Leaving Certificate Examination (including Day School Certificate (Higher) General paper), 1929
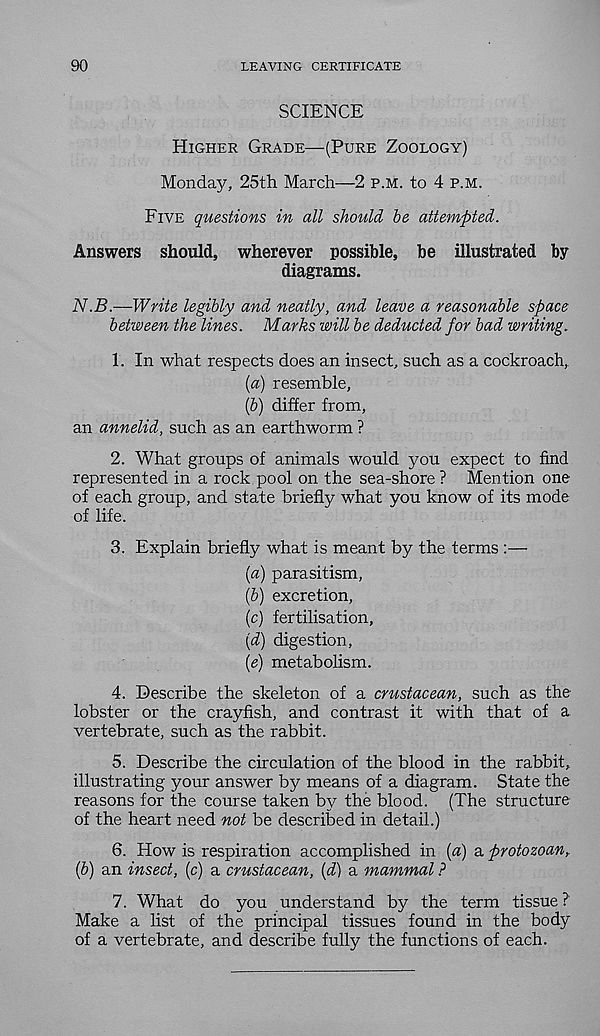
90
LEAVING CERTIFICATE
SCIENCE
Higher Grade—(Pure Zoology)
Monday, 25th March—2 p.m. to 4 p.m.
Five questions in all should be attempted.
Answers should, wherever possible, be illustrated by
diagrams.
N.B.—Write legibly and neatly, and leave a reasonable space
between the lines. Marks will be deducted for bad writing.
1. In what respects does an insect, such as a cockroach,
(a) resemble,
ip) differ from,
an annelid, such as an earthworm ?
2. What groups of animals would you expect to find
represented in a rock pool on the sea-shore ? Mention one
of each group, and state briefly what you know of its mode
of life.
3. Explain briefly what is meant by the terms :—
[a) parasitism,
(5) excretion,
(c) fertilisation,
{d) digestion,
{e) metabolism.
4. Describe the skeleton of a crustacean, such as the
lobster or the crayfish, and contrast it with that of a
vertebrate, such as the rabbit.
5. Describe the circulation of the blood in the rabbit,
illustrating your answer by means of a diagram. State the
reasons for the course taken by the blood. (The structure
of the heart need not be described in detail.)
6. How is respiration accomplished in {a) a protozoan,
(b) an insect, (c) a crustacean, (d) a mammal ?
7. What do you understand by the term tissue?
Make a list of the principal tissues found in the body
of a vertebrate, and describe fully the functions of each.